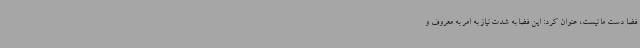
فضا دست ما نیست، عنوان کرد: این فضا به شدت نیاز به امر به معروف و